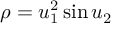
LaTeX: \rho = u _ { 1 } ^ { 2 } \sin u _ { 2 }